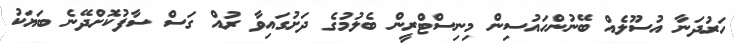
ހަރުދަނާ އުސޫލެއް ބޭނުންހައުސިން މިނިސްޓްރީން ބެލުމުގެ ދަށުގައިވާ ރުއް ގަސް ސާފުކޮށްދޭނެ ބަޔަކު